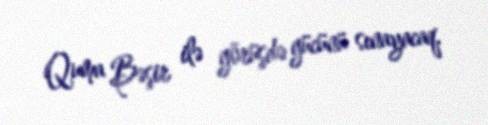
Quma Bəşir ilə görüşdə gücünü sınayacaq.